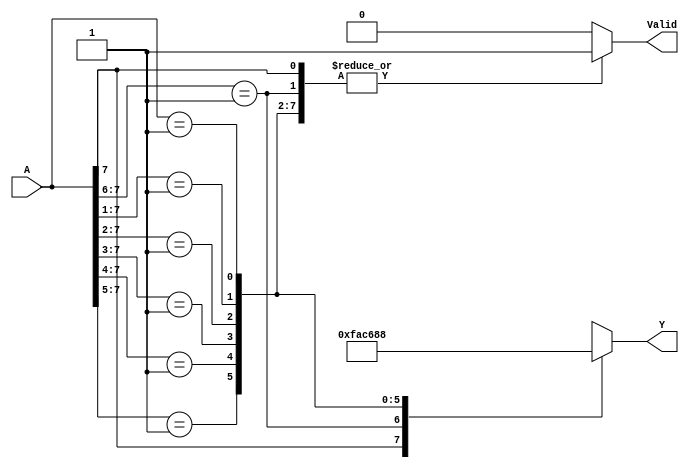
module decoder_case (A,Y, Valid);
input [7:0] A;
output reg [2:0] Y;
output reg Valid;
always @ (A)
begin
Valid = 1;
casex (A)
8'b 1xxxxxxx: Y = 7;
8'b 01xxxxxx: Y = 6;
8'b 001xxxxx: Y = 5;
8'b 0001xxxx: Y = 4;
8'b 00001xxx: Y = 3;
8'b 000001xx: Y = 2;
8'b 0000001x: Y = 1;
8'b 00000001: Y = 0;
default:
begin
Valid = 0;
Y = 3'bX;
end
endcase
end
endmodule